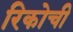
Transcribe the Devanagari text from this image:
रिकोची